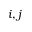
i , j